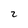
Character: 2